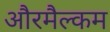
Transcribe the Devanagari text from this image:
औरमैल्कम